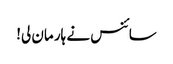
سائنس نے ہار مان لی!